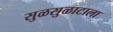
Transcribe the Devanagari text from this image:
सुळसुळाटाला